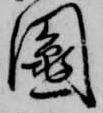
鬮